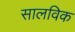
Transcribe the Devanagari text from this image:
सालविक